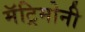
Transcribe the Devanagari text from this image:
मॅट्रिमोनी